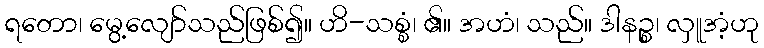
ရတော၊ မွေ့လျော်သည်ဖြစ်၍။ ဟိ-သစ္စံ၊ ၏။ အဟံ၊ သည်။ ဒါနဉ္စ၊ လှူအံ့ဟု